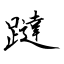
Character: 躂